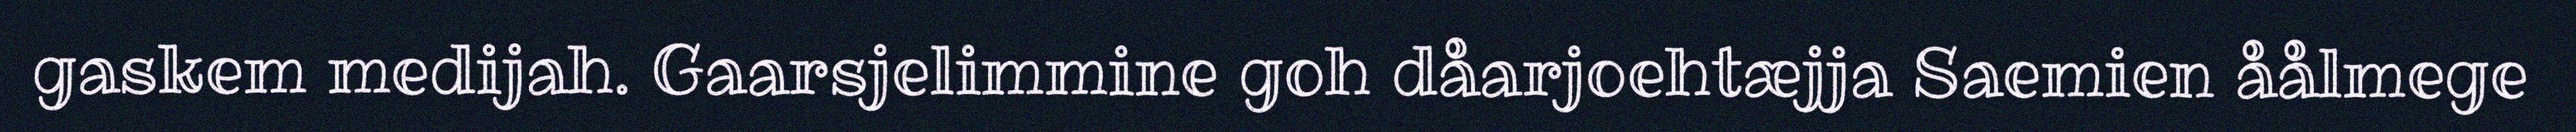
gaskem medijah. Gaarsjelimmine goh dåarjoehtæjja Saemien åålmege